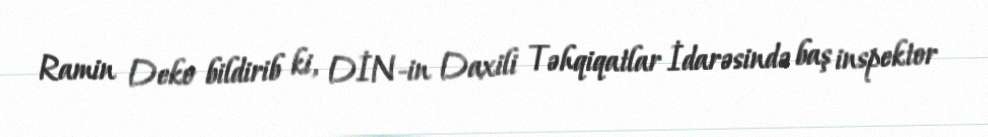
Ramin Deko bildirib ki, DİN-in Daxili Təhqiqatlar İdarəsində baş inspektor